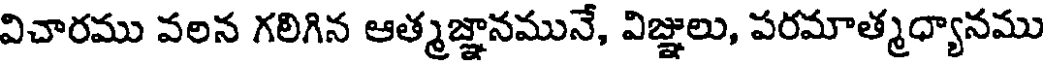
విచారము వలన గలిగిన ఆత్మజ్ఞానమునే, విజ్ఞులు, పరమాత్మధ్యానము